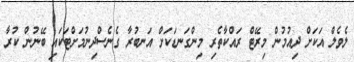
ލެވެލް އަކަށް ދިއުމުން މިރޭޓް ރައްކާތެރި މިންގަނޑަކަށް އަނބުރާ ގެނެސްދިނުމަށްޓަކައި ބޭނުން ކުރާ